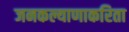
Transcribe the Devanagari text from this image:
जनकल्याणाकरिता